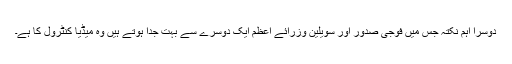
دوسرا اہم نکتہ جس میں فوجی صدور اور سویلین وزرائے اعظم ایک دوسرے سے بہت جدا ہوتے ہیں وہ میڈیا کنٹرول کا ہے۔